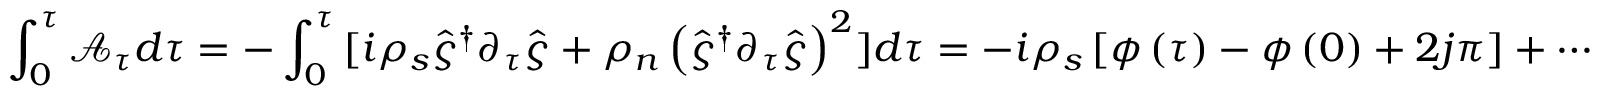
\int _ { 0 } ^ { \tau } { \mathcal { A } _ { \tau } d \tau } = - \int _ { 0 } ^ { \tau } { [ i \rho _ { s } \hat { \varsigma } ^ { \dagger } \partial _ { \tau } \hat { \varsigma } + \rho _ { n } \left( \hat { \varsigma } ^ { \dagger } \partial _ { \tau } \hat { \varsigma } \right) ^ { 2 } ] d \tau } = - i \rho _ { s } \left[ \phi \left( \tau \right) - \phi \left( 0 \right) + 2 j \pi \right] + \cdots